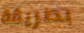
بطريقة